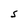
Character: S